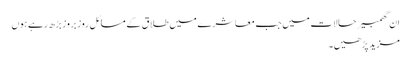
ان گھمبیر حالات میں جب معاشرے میں طلاق کے مسائل روز بروز بڑھ رہے ہوں
مزید پڑھیں۔